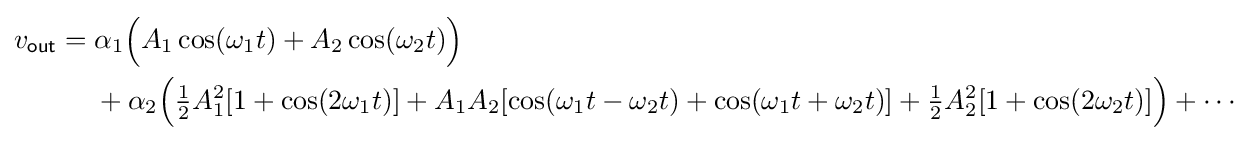
{\begin{aligned}v_{\mathsf {out}}={}&\alpha _{1}{\Bigl (}A_{1}\cos(\omega _{1}t)+A_{2}\cos(\omega _{2}t){\Bigr )}\\&{}+\alpha _{2}{\Bigl (}{\tfrac {1}{2}}A_{1}^{2}[1+\cos(2\omega _{1}t)]+A_{1}A_{2}[\cos(\omega _{1}t-\omega _{2}t)+\cos(\omega _{1}t+\omega _{2}t)]+{\tfrac {1}{2}}A_{2}^{2}[1+\cos(2\omega _{2}t)]{\Bigr )}+\cdots \end{aligned}}